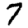
Digit: 7